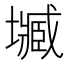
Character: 𡒤